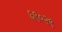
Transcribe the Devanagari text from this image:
६९०२९